Report on vaccination in the Province of Bengal - 1874-1889
Year: 1874
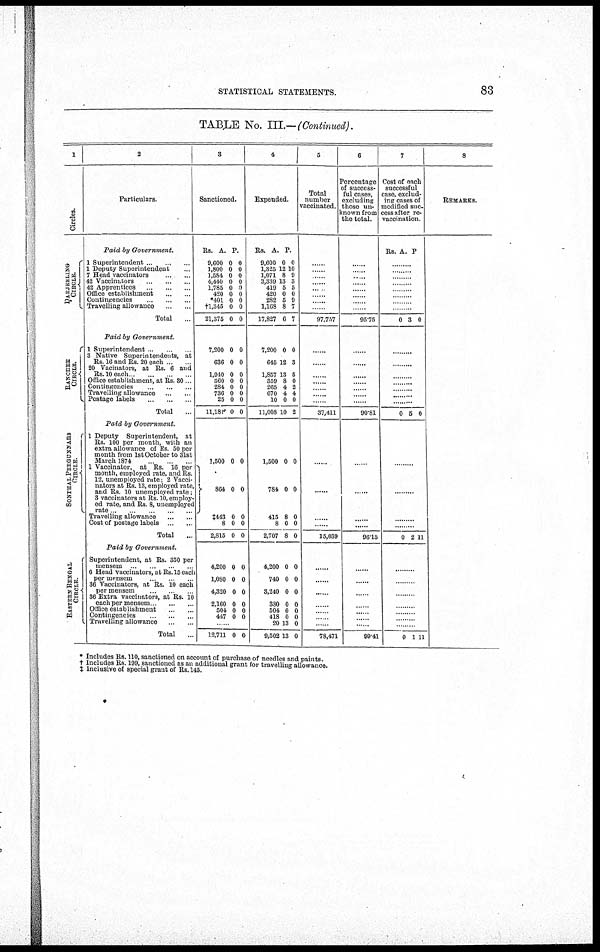
STATISTICAL STATEMENTS.
83
TABLE NO. III.—(Continued).
1
Circles.
DARJEELING
CIRCLE.
RANCHEE
CIRCLE.
SONTHAL PERGUNNAHS
CIRCLE.
EASTERN BENGAL
CIRCLE.
2
Particulars.
Paid by Government.
1 Superintendent ... ... ...
1 Deputy Superintendent ...
7 Head vaccinators
...
...
42 Vaccinators
...
...
...
42 Apprentices
...
...
...
Office establishment ... ...
Contingencies
...
...
Travelling allowance ... ...
Total ...
Paid by Government.
1 Superintendent .. ...
3 Native Superintendents, at
Rs. 16 and Rs. 20 each .. ...
20 Vacinators, at Rs. 6 and
Rs. 10 each ...
Office establishment, at Rs. 30
Contingencies
...
...
...
Travelling allowance ... ...
Postage labels
...
...
...
Total ...
Paid by Government.
1 Deputy Superintendent, at
Rs. 100 per month, with an
extra allowance of Rs. 50 per
month from 1st October to 31st
March 1874
1 Vaccinator, at Rs. 16 per
month, employed rate, and Rs.
12, unemployed rate; 2 Vacci-
nators at Rs. 13, employed rate,
and Rs. 10 unemployed rate,
3 vaccinators at Rs. 10, employ-
ed rate, and Rs. 8, unemployed
rate .
...
...
...
Travelling allowance
...
...
Cost of postage labels ... ...
Total ...
Paid by Government.
Superintendent, at Rs. 350 per
mensem
...
...
...
...
6 Head vaccinators, at Rs.15 each
per mensem
...
...
...
36 Vaccinators, at Rs. 10 each
per mensem ... ...
36 Extra vaccinators, at Rs. 10
each per mensem ... ... ...
Office establishment
...
...
Contingencies
...
...
Travelling allowance
...
...
Total ...
3
Sanctioned.
Rs.
9,600
1,800
1,584
4,440
1,785
420
*401
†1,345
21,375
A.
0
0
0
0
0
0
0
0
0
P.
0
0
0
0
0 0
0
0
0
7,200
636
1,940
360
284
736
25
11,181
0
0
0
0
0
0
0
0
0
0
0
0
0
0
0
0
1,500
864
‡443
8
2,815
0
0
0
0
0
0
0
0
0
0
4,200
1,080
4,320
2,160
504
447
0
0
0
0
0
0
0
0
0
0
0
0
......
12,711 0 0
4
Expended.
Rs.
9,600
1,325
1,071
3,339
419
420
282
1,168
17,827
A.
0
12
8
13
5
0
5
8
6
P.
0
10
9
3
5
0
9
7
7
7,200
645
1,857
359
265
670
10
11,008
0
12
13
8
4
4
0
10
0
3
5
0
2
4
0
2
1,500
784
415
8
2,707
0
0
8
0
8
0
0
0
0
0
4,200
740
3,240
380
504
418
20
9,502
0
0
0
0
0
0
13
13
0
0
0
0
0
0
0
0
5
Total
number
vaccinated.
......
......
......
......
......
...... ......
......
97,757
......
......
......
......
......
......
......
37,411
......
......
......
......
15,039
......
......
......
......
......
......
......
78,471
6
Percentage
of success-
ful cases,
excluding
those un-
known from
the total.
......
......
......
......
......
...... ...... ......
95.75
......
......
......
......
......
......
......
90.81
......
......
......
......
96.15
......
......
......
......
......
......
......
99.41
7
Cost of each
successful
case, exclud-
ing cases of
modified suc
cess after re-
vaccination.
Rs.
A.
P.
......
......
......
......
......
...... ......
......
0 3 0
......
......
......
......
......
......
......
0 5 0
......
......
......
0 2 11
......
......
......
......
...... ......
......
0 1 11
8
REMARKS.
* Includes Rs. 110, sanctioned on account of purchase of needles and paints.
† Includes Rs. 199, sanctioned as an additional grant for travelling allowance.
‡ Inclusive of special grant of Rs.145.